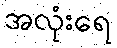
အလုံးရေ